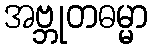
အဗ္ဘုတဓမ္မာ